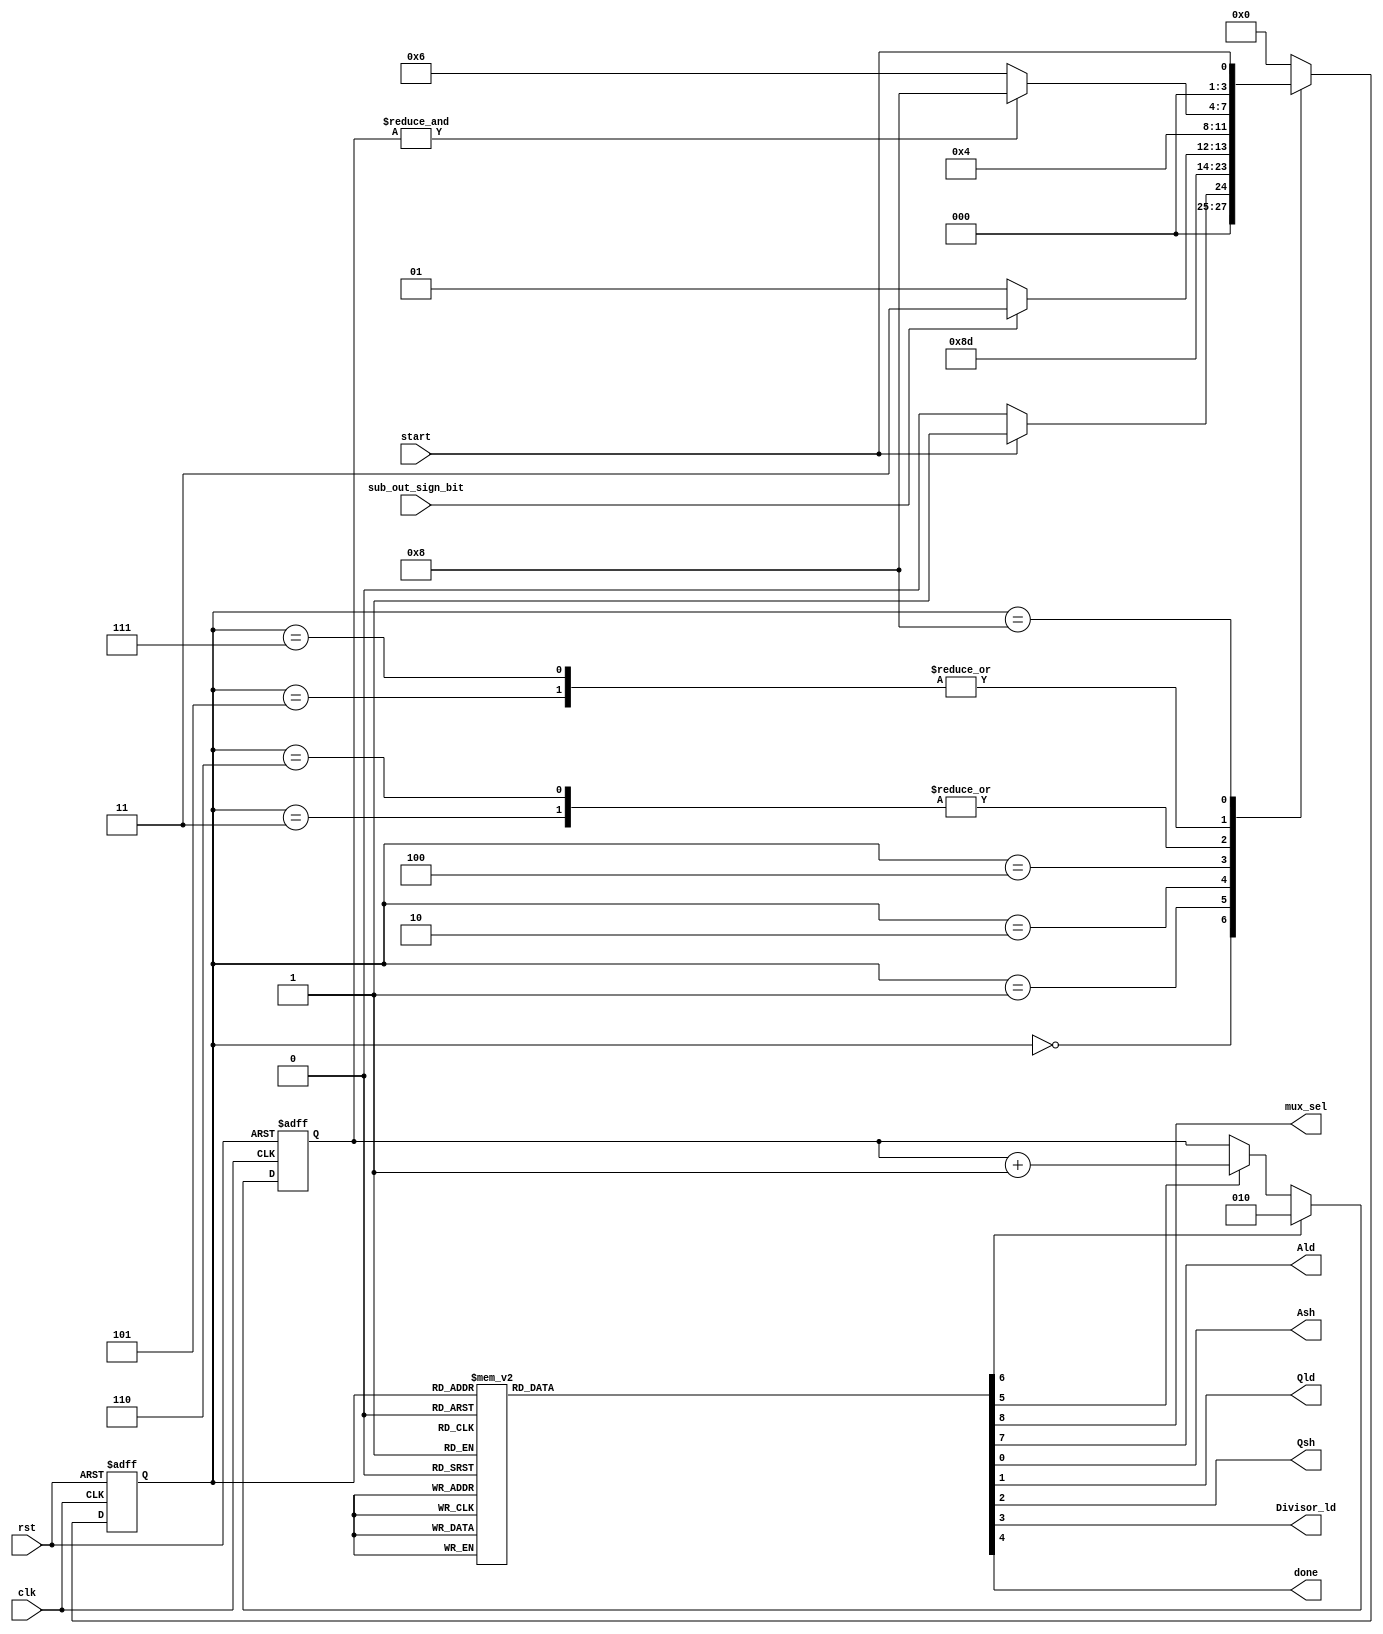
module  Divider_CU(clk, rst, start, sub_out_sign_bit, mux_sel, Ald, Ash, Qld, Qsh, Divisor_ld, done);
    input clk;
    input rst;
    input start;
    input sub_out_sign_bit;
    
    output mux_sel;
    output Ald;
    output Ash;
    output Qld;
    output Qsh;
    output Divisor_ld;
    output done;
    reg  mux_sel, Ald, Ash, Qld, Qsh, Divisor_ld, done;

    //for counter
    reg count_ld,count_en;
    reg count_co;
    reg [2:0] Q;


    reg[3:0] ps, ns;
    parameter[3:0] S0 = 0, S1 = 1, S2 = 2, S3 = 3 , S4 = 4, S5 = 5, S6 = 6 , S7 = 7, S8 = 8;
    
    always@(posedge clk, posedge rst)
    begin
        if(rst)
            ps <= S0;
        else
            ps <= ns;
    end
    
    always@(ps or start or sub_out_sign_bit or count_co)
    begin
        case(ps)
            S0: ns = start ? S1 : S0;
            S1: ns = S2;
            S2: ns = S3;
            S3: ns = S4;
            S4: ns = sub_out_sign_bit ? S7 : S5;
            S5: ns = count_co ? S8 : S6;
            S6: ns = S4;
            S7: ns = count_co ? S8 : S6;
            S8: ns = start;
            default: ns = S0;
        endcase
    end
    
    always@(ps)
    begin
    {mux_sel, Ald, Ash, Qld, Qsh, Divisor_ld, done, count_ld, count_en} = 9'd0;
        case(ps)
            S1: {mux_sel, Ald, count_ld} = 3'b111;
            S2: Qld = 1'b1;
            S3: {Divisor_ld, Ash} = 2'b11;
            S4:;
            S5: {mux_sel, Ald, Qsh} = 3'b011;
            S6: {count_en, Ash} = 2'b11;
            S7: Qsh = 1'b1;
            S8: done = 1'b1;
        endcase
    end

//counter
    always @(posedge clk, posedge rst) begin
        if(rst) Q <= 3'd0;
        else begin
            Q <= count_ld ? 3'b010 :
                count_en ? Q + 1'b1 : Q;
        end
    end
    assign count_co = &Q;

endmodule